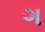
ગ